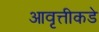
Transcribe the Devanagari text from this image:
आवृत्तीकडे